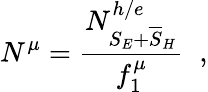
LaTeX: N^{\mu}=\frac{N_{S_{E}+\overline{{S}}_{H}}^{h/e}}{f_{1}^{\mu}}\; \; ,